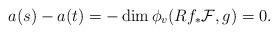
LaTeX: \begin{align*}a(s)-a(t)=-\dim \phi_v(Rf_*{\cal F},g)= 0.\end{align*}